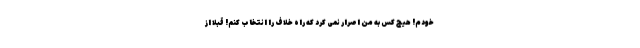
خودم! هیچ کس به من اصرار نمی کرد که راه خلاف را انتخاب کنم! قبلا از